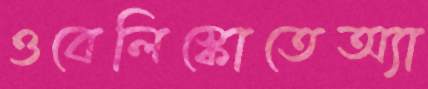
ওবেলিস্কোতেঅ্যা